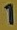
1